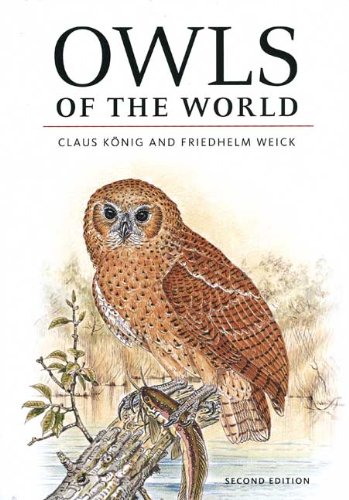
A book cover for Owls of the World; Claus KÃ¶nig; Science & Math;